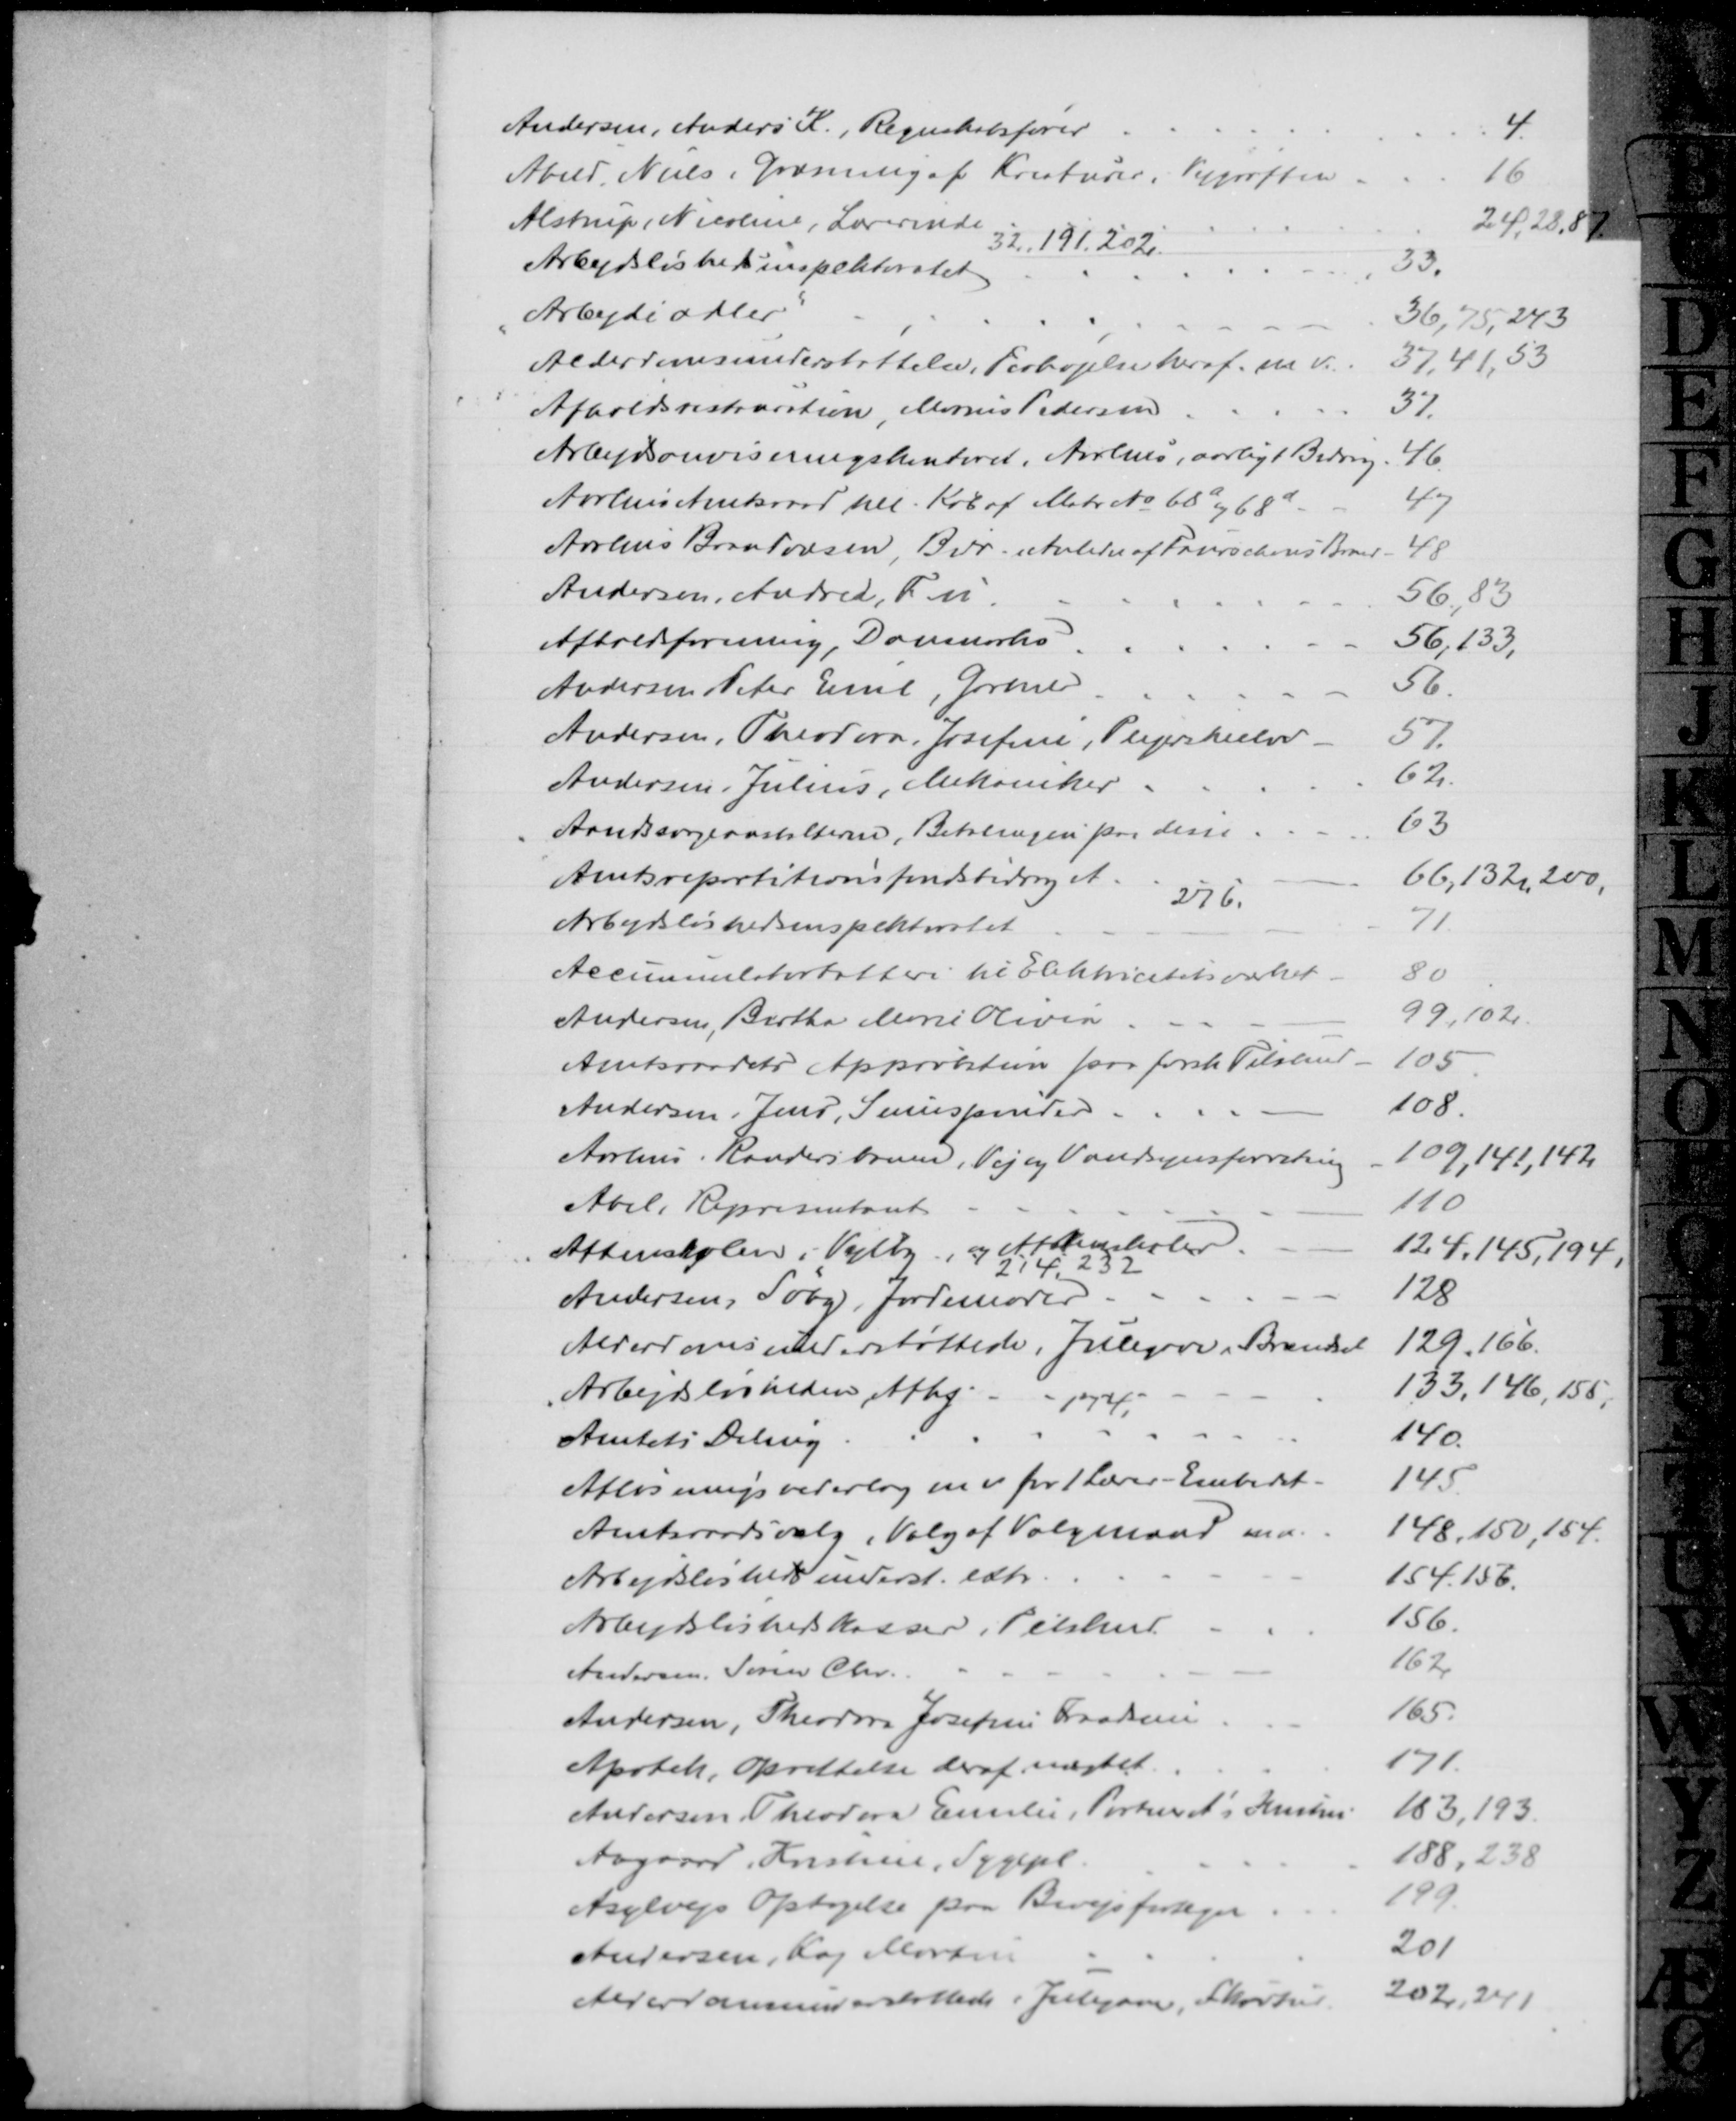
Transskription:
Andersen, Anders K., Regnskabsfører
4
Abild, Niels, Græsning af Kreaturer, Vejgrøften
16
Alstrup Nicoline, Lærerinde
24, 28, 87
32, 191, 202
Arbejdsløshedsinspektoratet
33
"Arbejde adler"
36, 75, 243
Alderdomsunderstøttelse, Forhøjelse heraf. m. v.
37,41, 53
Afholdsrestauration, Marius Pedersen
37
Arbejdsanvisningskontoret, Aarhus, aarligt Bidrag
46
Aarhus Amtsraad till Køb af Matr. № 68a og 68d
47
Aarhus Brandvæsen, Bidr. i Anledn af Faurschous Brand
48
Andersen, Andrea, Fu
56, 83
Afholdsforening, Danmarks
56,133,
Andersen Peter Emil, Gartner
56
Andersen, Theodora, Josefine, Plejerskeelev
57
Andersen, Julius, Mekaniker
62
Aandssvageanstalterne, Betalingen paa disse
63
Amtsrepartitionsfondsbidraget.
66,132, 200,
276
Arbejdsløshedsinspektoratet
71
Accummulatorbatteri til Elektricitetsværket
80
Andersen, Birthe Marie Olivia
99,102
Amtsraadets Approbation paa forsk. Tilskud
105
Andersen, Jens, Simespinder
108
Aarhus - Randersbanen, Vej og Vandsynsforretning
109,141,142
Abel, Repræsentant
110
Aftenskolen i Vejlby, og Aftenskoler.
124, 145, 194
214, 232
Andersen, Søby, Jordemoder.
128
Alderdomsunderstøttede, Julegaver, Brændsel
129, 166.
Arbejdsløsheden, Afhj
133, 146, 155,
174
Amtets Deling
140
Afløsningsvederlag m.v for 1 Lærer-Embedet.
145
Amtsraadsvalg, Valg af Valgmand m.v
148, 150, 154
Arbejdsløshedsunderst. extr
154, 156
Arbejdsløshedskasser, Tilskud.
156
Andersen, Søren Chr.
162
Andersen, Theodora Josefine Frandsine
165.
Apotek, Oprettelse deraf nægtet
171
Andersen Theodora Emilie, Portner A's Hustru
183, 193
Aagaard Kristine, Sygepl
188, 238
Asylvejs Optagelse paa Bivejsfortegn.
199
Andersen, Kaj Martin
201
Alderdomsunderstøttede i Julegaver, Skovtur
202, 241